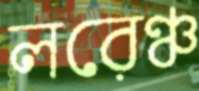
লরেঞ্চ